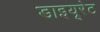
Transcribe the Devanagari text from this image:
डाइयूरेट